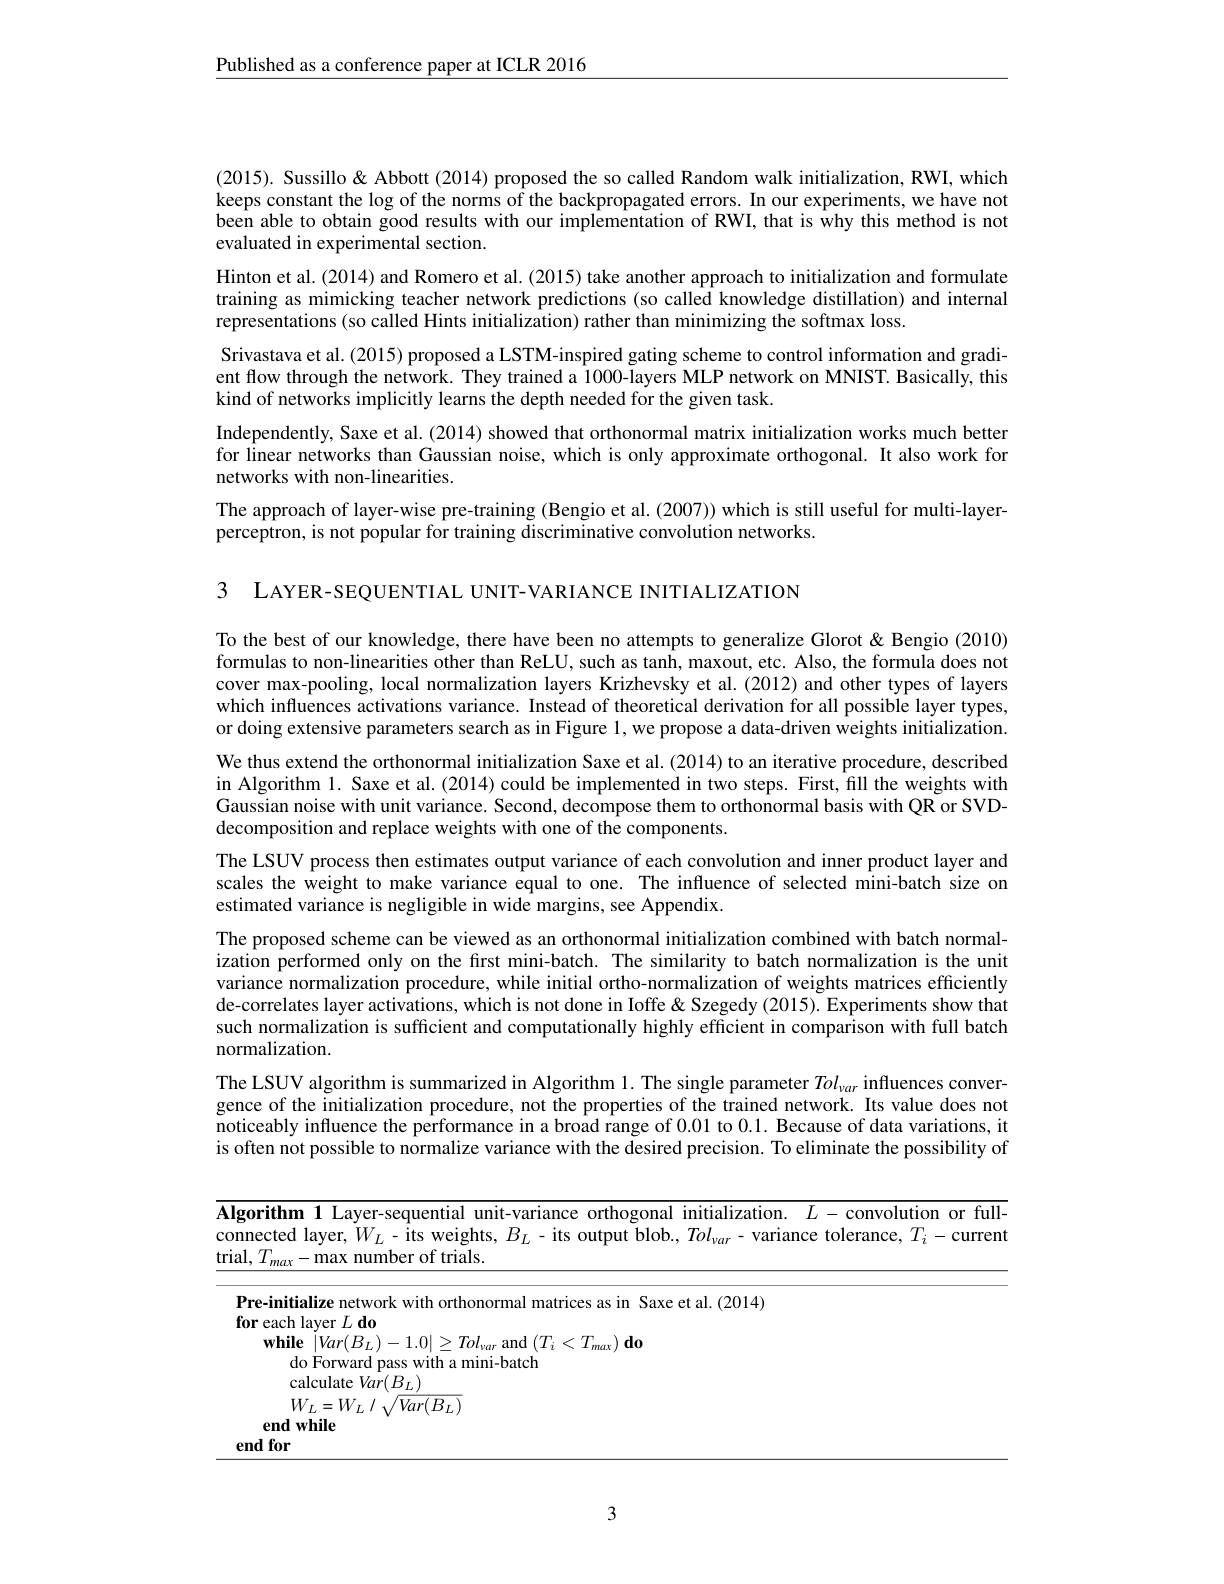
$\underline{\text{Published as a conference paper at ICLR 2016}}$

(2015). Sussillo& Abbott (2014) proposed the so called Random walk initialization, RWI, which keeps constant the log of the norms of the backpropagated errors. In our experiments, we have not been able to obtain good results with our implementation of RWI, that is why this method is not evaluated in experimental section.
Hinton et al. (2014) and Romero et al. (2015) take another approach to initialization and formulate training as mimicking teacher network predictions (so called knowledge distillation) and internal representations (so called Hints initialization) rather than minimizing the softmax loss.
Srivastava et al. (2015) proposed a LSTM-inspired gating scheme to control information and gradient flow through the network. They trained a 1000-layers MLP network on MNIST. Basically, this kind of networks implicitly learns the depth needed for the given task.
Independently, Saxe et al. (2014) showed that orthonormal matrix initialization works much better for linear networks than Gaussian noise, which is only approximate orthogonal. It also work for networks with non-linearities.
The approach of layer-wise pre-training (Bengio et al. (2007)) which is still useful for multi-layer-
perceptron, is not popular for training discriminative convolution networks.

3 LAYER-SEQUENTIAL UNIT-VARIANCE INITIALIZATION

To the best of our knowledge, there have been no attempts to generalize Glorot & Bengio (2010) formulas to non-linearities other than ReLU, such as tanh, maxout, etc. Also, the formula does not cover max-pooling, local normalization layers Krizhevsky et al. (2012) and other types of layers which influences activations variance. Instead of theoretical derivation for all possible layer types, or doing extensive parameters search as in Figure l, we propose a data-driven weights initialization. We thus extend the orthonormal initialization Saxe et al. (2014) to an iterative procedure, described in Algorithm l. Saxe et al. (2014) could be implemented in two steps. First, fill the weights with Gaussian noise with unit variance. Second, decompose them to orthonormal basis with QR or SVDdecomposition and replace weights with one of the components.
The LSUV process then estimates output variance of each convolution and inner product layer and scales the weight to make variance equal to one. The influence of selected mini-batch size on estimated variance is negligible in wide margins, see Appendix.
The proposed scheme can be viewed as an orthonormal initialization combined with batch normalization performed only on the first mini-batch. The similarity to batch normalization is the unit variance normalization procedure, while initial ortho-normalization of weights matrices efficiently de-correlates layer activations, which is not done in Ioffe & Szegedy (2015). Experiments show that such normalization is sufficient and computationally highly efficient in comparison with full batch normalization.
The LSUV algorithm is summarized in Algorithm 1. The single parameter $Tol_\mathrm{\nu ar}$ influences convergence of the initialization procedure, not the properties of the trained network. Its value does not noticeably influence the performance in a broad range of 0.01 to 0.1. Because of data variations, it is often not possible to normalize variance with the desired precision. To eliminate the possibility of

<table>
	<tbody>
		<tr>
			<td>Alg con tria</td>
			<td>Algorithm 1 Layer-sequential unit-variance orthogonal initialization. $L-$conw connected layer, $W_L$ - its weights, $B_L$ - its output blob., $Tol_\nu ar$- variance toleran trial, $T_max-$max number of trials</td>
			<td>$\mathbf{1}$ Layer-sequential unit-variance orthogonal initialization. $L-$ convolution or full- layer,$W_L$-its weights, $B_L$- its output blob., $Tol_\nu ar-$variance tolerance, $T_i-$current - max number of trials</td>
		</tr>
		<tr>
			<td>$e$</td>
			<td>$W_{L}= W_{L}$ / $\sqrt {Var( B_{L}) }$ end while end for</td>
			<td>${\mathcal{I} }_{L}= W_{L}$ / $\sqrt {Var( B_{L}) }$ vhile</td>
		</tr>
	</tbody>
</table>

3